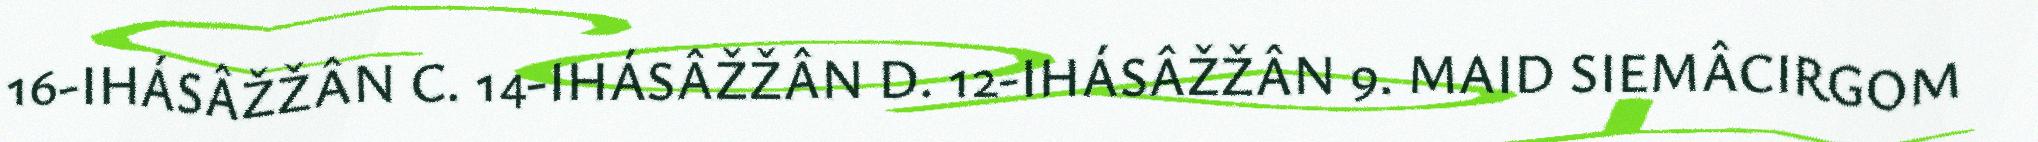
16-IHÁSÂŽŽÂN C. 14-IHÁSÂŽŽÂN D. 12-IHÁSÂŽŽÂN 9. MAID SIEMÂCIRGOM